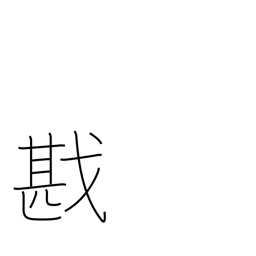
Meaning: victory